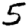
Digit: 5